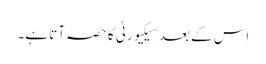
اس کے بعد سیکیورٹی کا حصہ آتا ہے۔